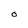
Character: O